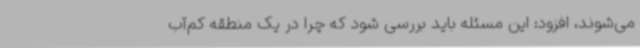
می‌شوند، افزود: این مسئله باید بررسی شود که چرا در یک منطقه کم‌آب